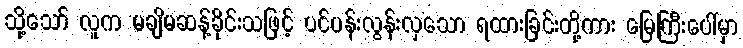
သို့သော် လူက မချိမဆန့်ခိုင်းသဖြင့် ပင်ပန်းလွန်းလှသော ရထားခြင်းတို့ကား မြေကြီးပေါ်မှာ